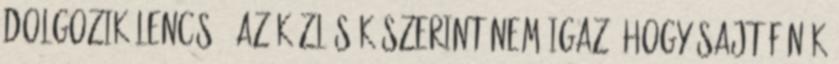
dolgozik Lencsó, az közlésük szerint nem igaz, hogy sajtófőnök